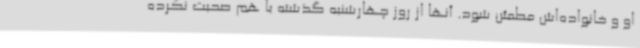
او و خانواده‌اش مطمئن شود. آنها از روز چهارشنبه گذشته با هم صحبت نکرده